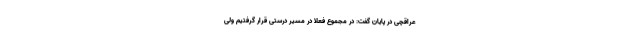
عراقچی در پایان گفت: در مجموع فعلاً در مسیر درستی قرار گرفتیم ولی